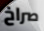
صراخ